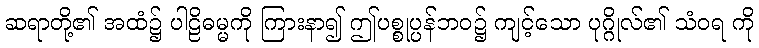
ဆရာတို့၏ အထံ၌ ပါဠိဓမ္မကို ကြားနာ၍ ဤပစ္စုပ္ပန်ဘဝ၌ ကျင့်သော ပုဂ္ဂိုလ်၏ သံဝရ ကို